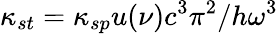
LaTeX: \kappa_{st}=\kappa_{sp}u(\nu)c^{3}\pi^{2}/h\omega^{3}